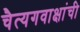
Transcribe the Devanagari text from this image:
चैत्यगवाक्षांची